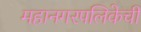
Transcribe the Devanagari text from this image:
महानगरपलिकेची